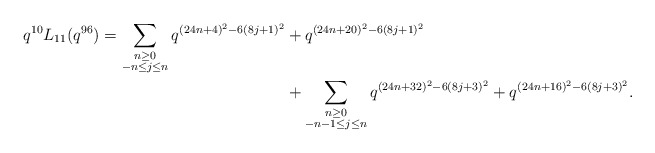
\begin{align*} \begin{aligned}q^{10} L_{11}(q^{96}) = \sum_{\substack{n \geq 0 \\ -n \leq j \leq n}} q^{(24n+4)^2 - 6(8j+1)^2} & + q^{(24n + 20)^2 - 6(8j+1)^2} \\& + \sum_{\substack{n \geq 0 \\ -n-1 \leq j \leq n}} q^{(24n+32)^2 - 6(8j+3)^2} + q^{(24n+16)^2 - 6(8j+3)^2}.\end{aligned}\end{align*}